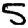
Digit: 5